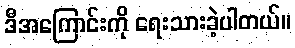
ဒီအကြောင်းကို ရေးသားခဲ့ပါတယ်။